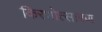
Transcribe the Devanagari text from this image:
किरणोत्सारण